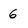
Character: 6